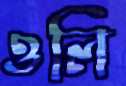
ওলি